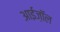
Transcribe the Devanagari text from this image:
आईज़ॉल